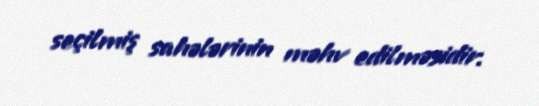
seçilmiş sahələrinin məhv edilməsidir.